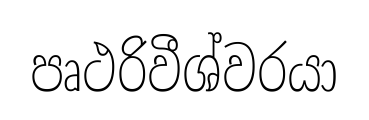
පෘථරිවීශ්වරයා